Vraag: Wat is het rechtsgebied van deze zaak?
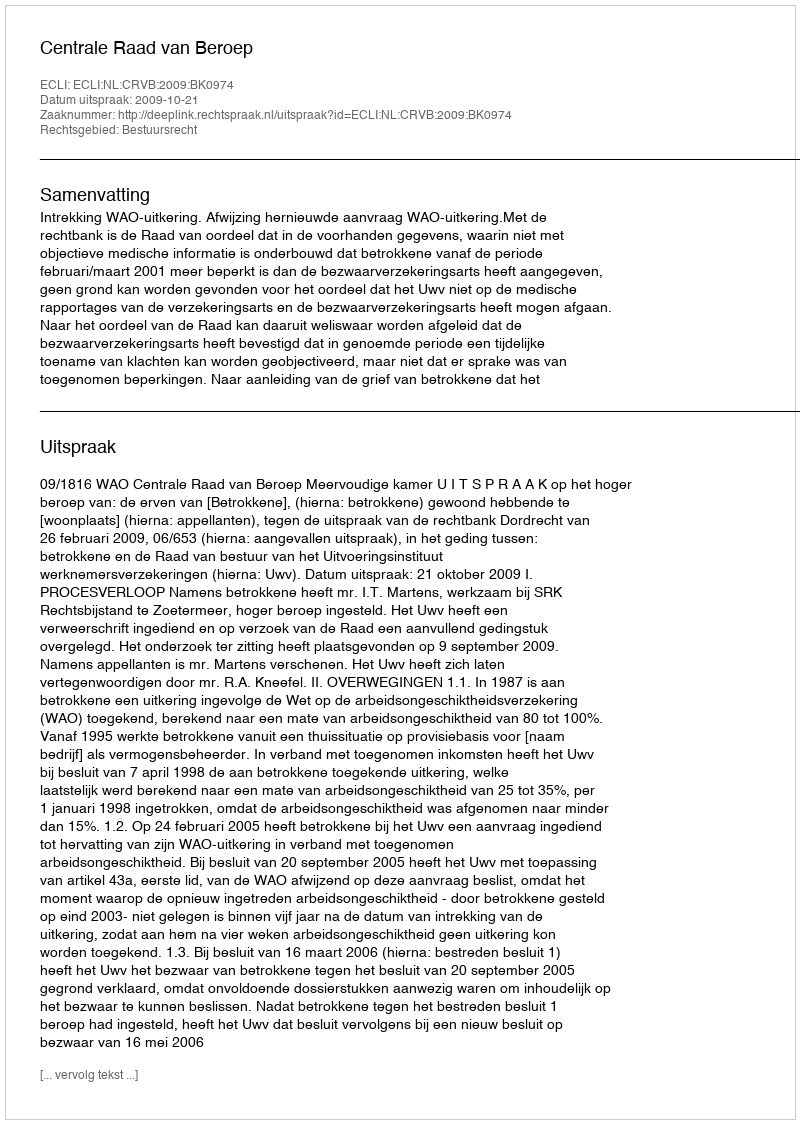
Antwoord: Bestuursrecht